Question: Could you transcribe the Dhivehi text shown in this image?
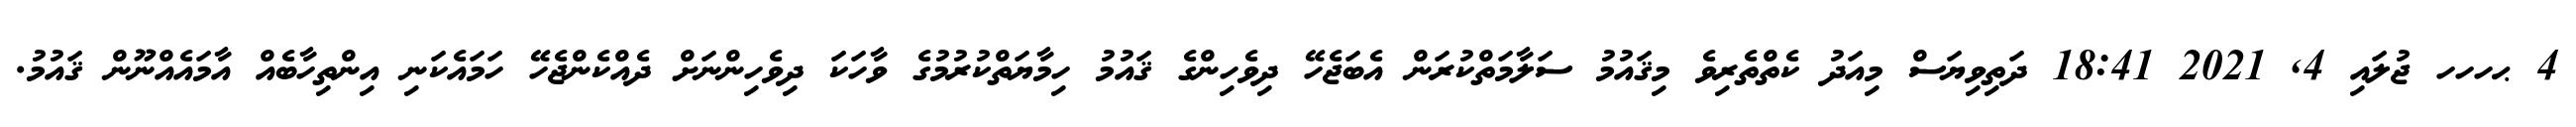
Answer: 4 ޙހހހ ޖުލައި 4, 2021 18:41 ދަތިވިޔަސް މިއަދު ކެތްތެރިވެ މިޤައުމު ސަލާމަތްކުރަން އެބަޖެހޭ ދިވެހިންގެ ޤައުމު ހިމާޔަތްކުރުމުގެ ވާހަކަ ދިވެހިންނަށް ދެއްކެންޖެހޭ ހަމައެކަނި އިންތިހާބެއް އާމައެއްނޫން ޤައުމު.